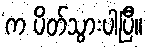
က ပိတ်သွားပါပြီ။